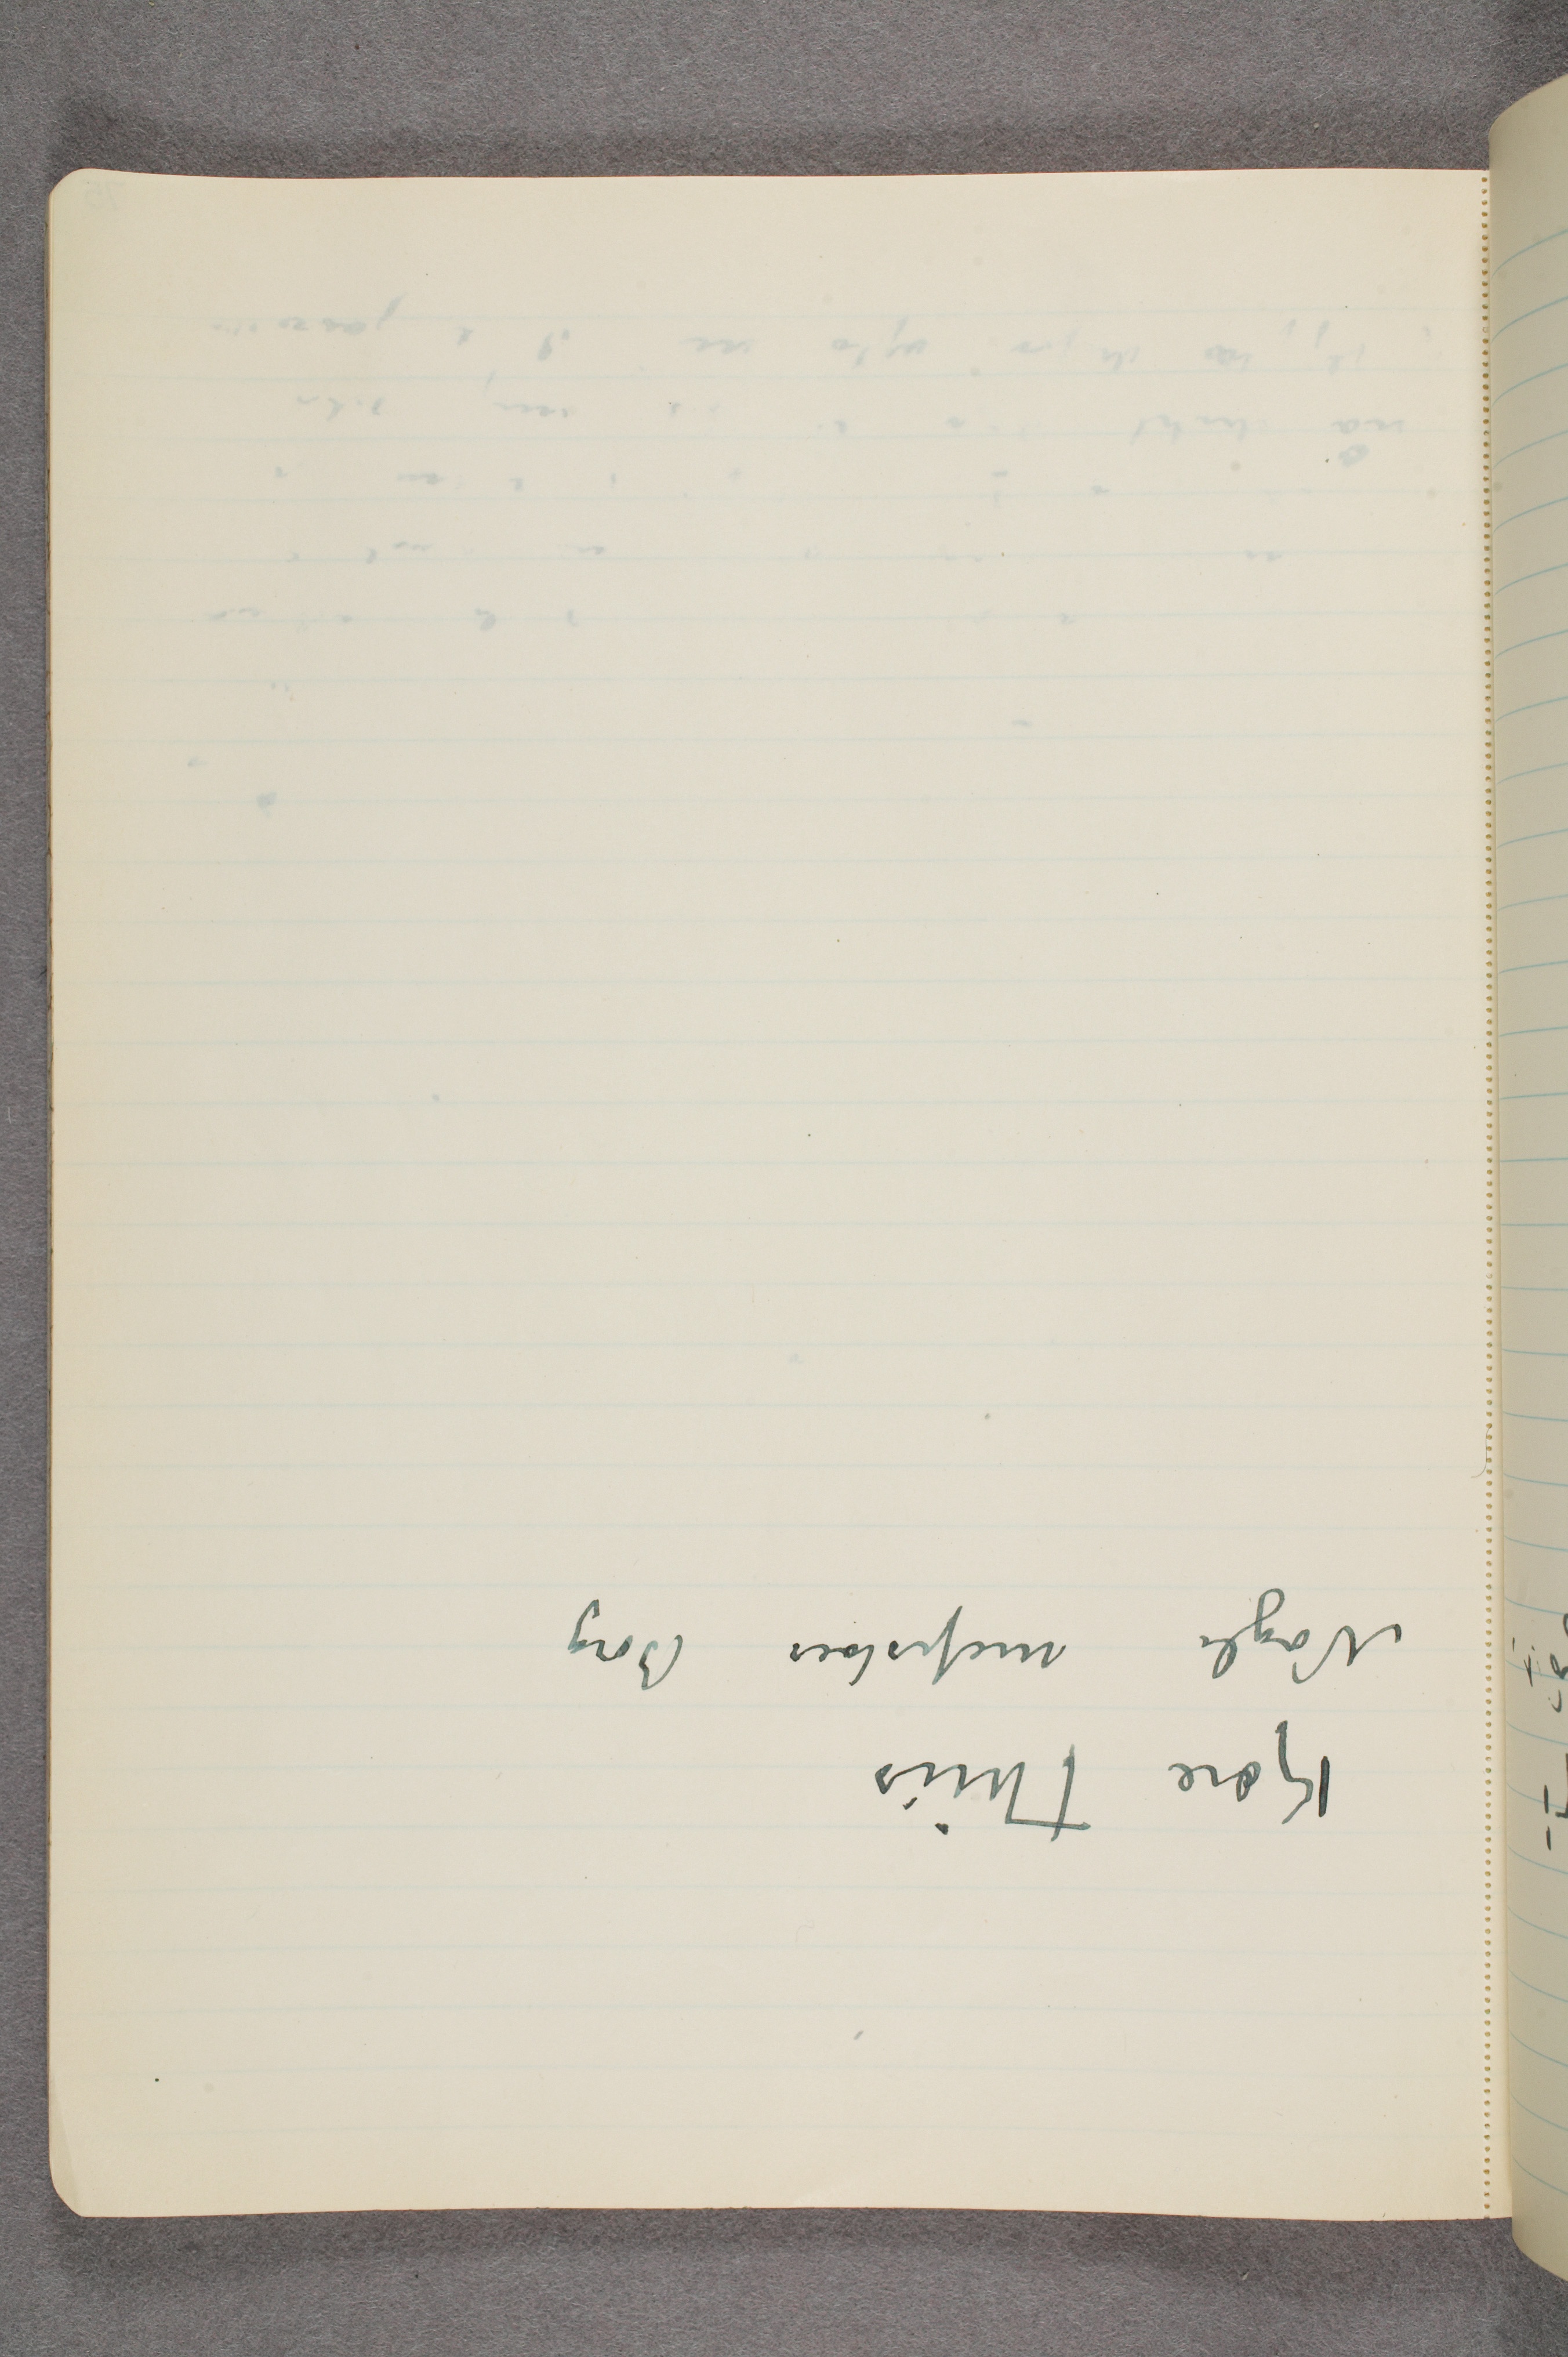
Kjære Thiis
Nogle mefiostoer Borg